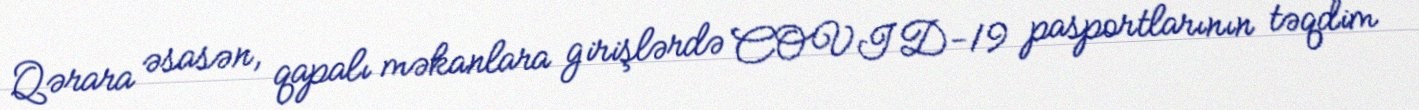
Qərara əsasən, qapalı məkanlara girişlərdə COVID-19 pasportlarının təqdim